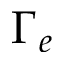
\Gamma _ { e }